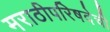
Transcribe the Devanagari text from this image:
मराठीपरिषदेची